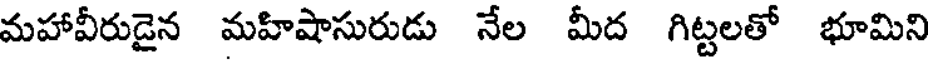
మహావీరుడైన మహిషాసురుడు నేల మీద గిట్టలతో భూమిని